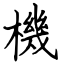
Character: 機